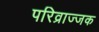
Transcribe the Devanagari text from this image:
परिव्राज्जक